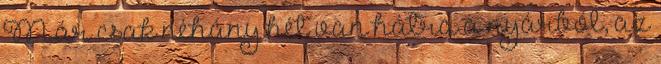
Már csak néhány hét van hátra a nyárból, az